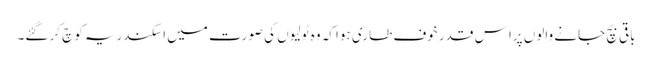
باقی بچ جانے والوں پرا س قدر خوف طاری ہوا کہ وہ ٹولیوں کی صورت میں اسکندریہ کوچ کر گئے۔